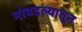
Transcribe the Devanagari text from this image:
मोबदल्यातून